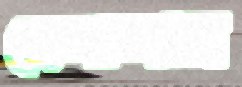
হেলালাম